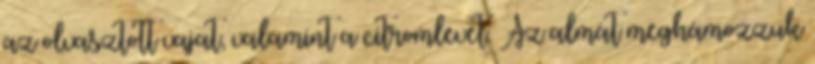
az olvasztott vajat, valamint a citromlevet. Az almát meghámozzuk